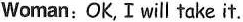
Woman: OK, I will take it.